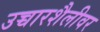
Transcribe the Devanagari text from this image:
उच्चारशैलीवर